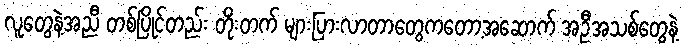
လူတွေနဲ့အညီ တစ်ပြိုင်တည်း တိုးတက် များပြားလာတာတွေကတော့အဆောက် အဦအသစ်တွေနဲ့